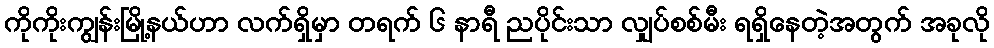
ကိုကိုးကျွန်းမြို့နယ်ဟာ လက်ရှိမှာ တရက် ၆ နာရီ ညပိုင်းသာ လျှပ်စစ်မီး ရရှိနေတဲ့အတွက် အခုလို